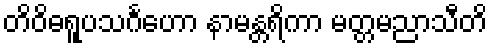
တိဝိဓရူပသင်္ဂဟော နာမန္တရိကာ မတ္တမညာသီတိ